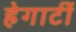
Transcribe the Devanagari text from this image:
हेगार्टी